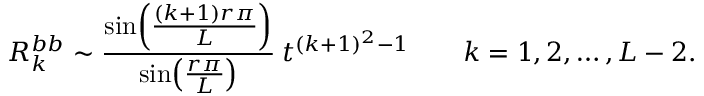
R _ { k } ^ { b b } \sim \frac { \sin \! \left( \frac { ( k + 1 ) r \pi } { L } \right) } { \sin \! \left( \frac { r \pi } { L } \right) } \: t ^ { ( k + 1 ) ^ { 2 } - 1 } \qquad k = 1 , 2 , \ldots , L - 2 .